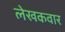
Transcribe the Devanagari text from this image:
लेखकवार